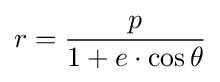
r={\frac {p}{1+e\cdot \cos \theta }}